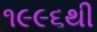
૧૯૯૬થી